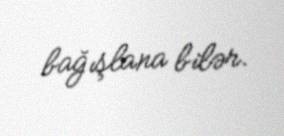
bağışlana bilər.